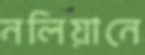
নলিয়ানে